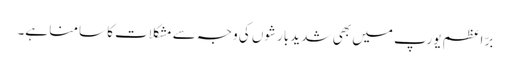
برّ اعظم یورپ میں بھی شدید بارشوں کی وجہ سے مشکلات کا سامنا ہے۔